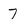
Character: 7